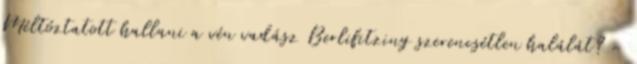
Méltóztatott hallani a vén vadász Berlifitzing szerencsétlen halálát? -